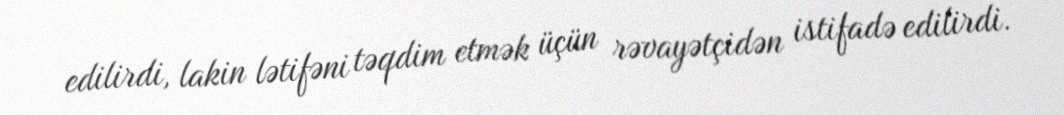
edilirdi, lakin lətifəni təqdim etmək üçün rəvayətçidən istifadə edilirdi.